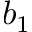
b _ { 1 }